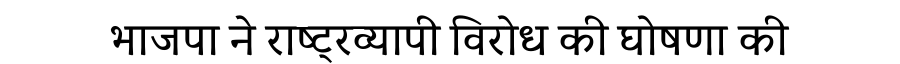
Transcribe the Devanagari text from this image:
भाजपा ने राष्ट्रव्यापी विरोध की घोषणा की